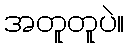
အတူတူပဲ။